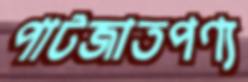
পাটজাতপণ্য